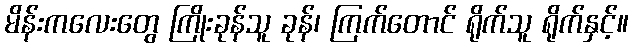
မိန်းကလေးတွေ ကြိုးခုန်သူ ခုန်၊ ကြက်တောင် ရိုက်သူ ရိုက်နှင့်။